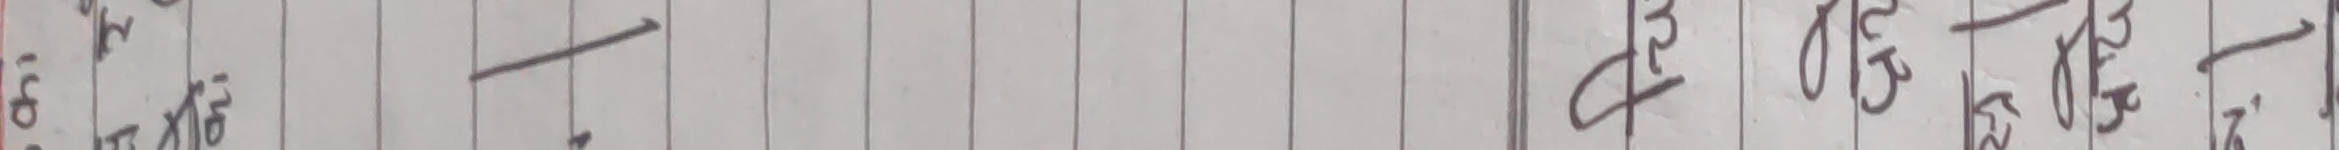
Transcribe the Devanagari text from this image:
पृष्ठ
पु२१८७
४छपा
जपजपज
अ४२पफ
स४र४र
ब२८जच